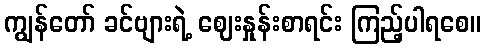
ကျွန်တော် ခင်ဗျားရဲ့ ဈေးနှုန်းစာရင်း ကြည့်ပါရစေ။